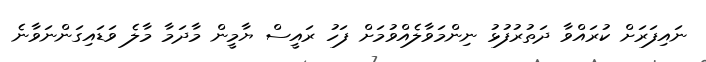
ނައިފަރަށް ކުރައްވާ ދަތުރުފުޅު ނިންމަވާލެއްވުމަށް ފަހު ރައީސް ޔާމީން މާދަމާ މާލެ ވަޑައިގަންނަވާނެ